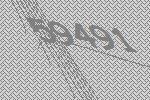
59491